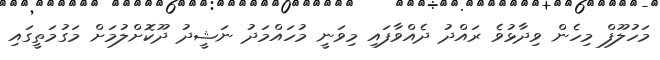
މަހުލޫފް މިހެން ވިދާޅުވެ ރައްދު ދެއްވާފައި މިވަނީ މުހައްމަދު ނަޝީދު ދޫކޮށްލުމަށް މަގުމަތީގައި